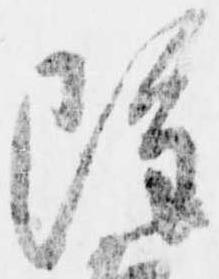
雖